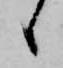
候